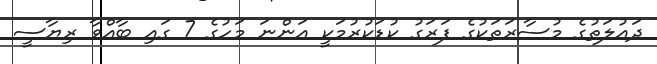
ދައުލަތުގެ މުސާރަތަކުގެ ފަރަގު ކުޑަކުރުމަކީ އަންނަ މަހުގެ 7 ގައި ބާއްވާ ރިޔާސީ